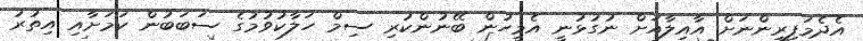
އެދެމަފިރިންނަށް އާއިލާއަށް ނުގުޅުނީ އެމީހުން ބޭނުންކުރި ސިމް ހަލާކުވުމުގެ ސަބަބުން ކަމަށާއި އިތުރު